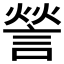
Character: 𮘠